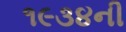
૧૯૩૪ની